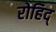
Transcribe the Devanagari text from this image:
रोहिद्